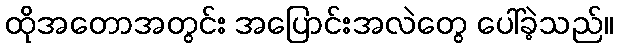
ထိုအတောအတွင်း အပြောင်းအလဲတွေ ပေါ်ခဲ့သည်။